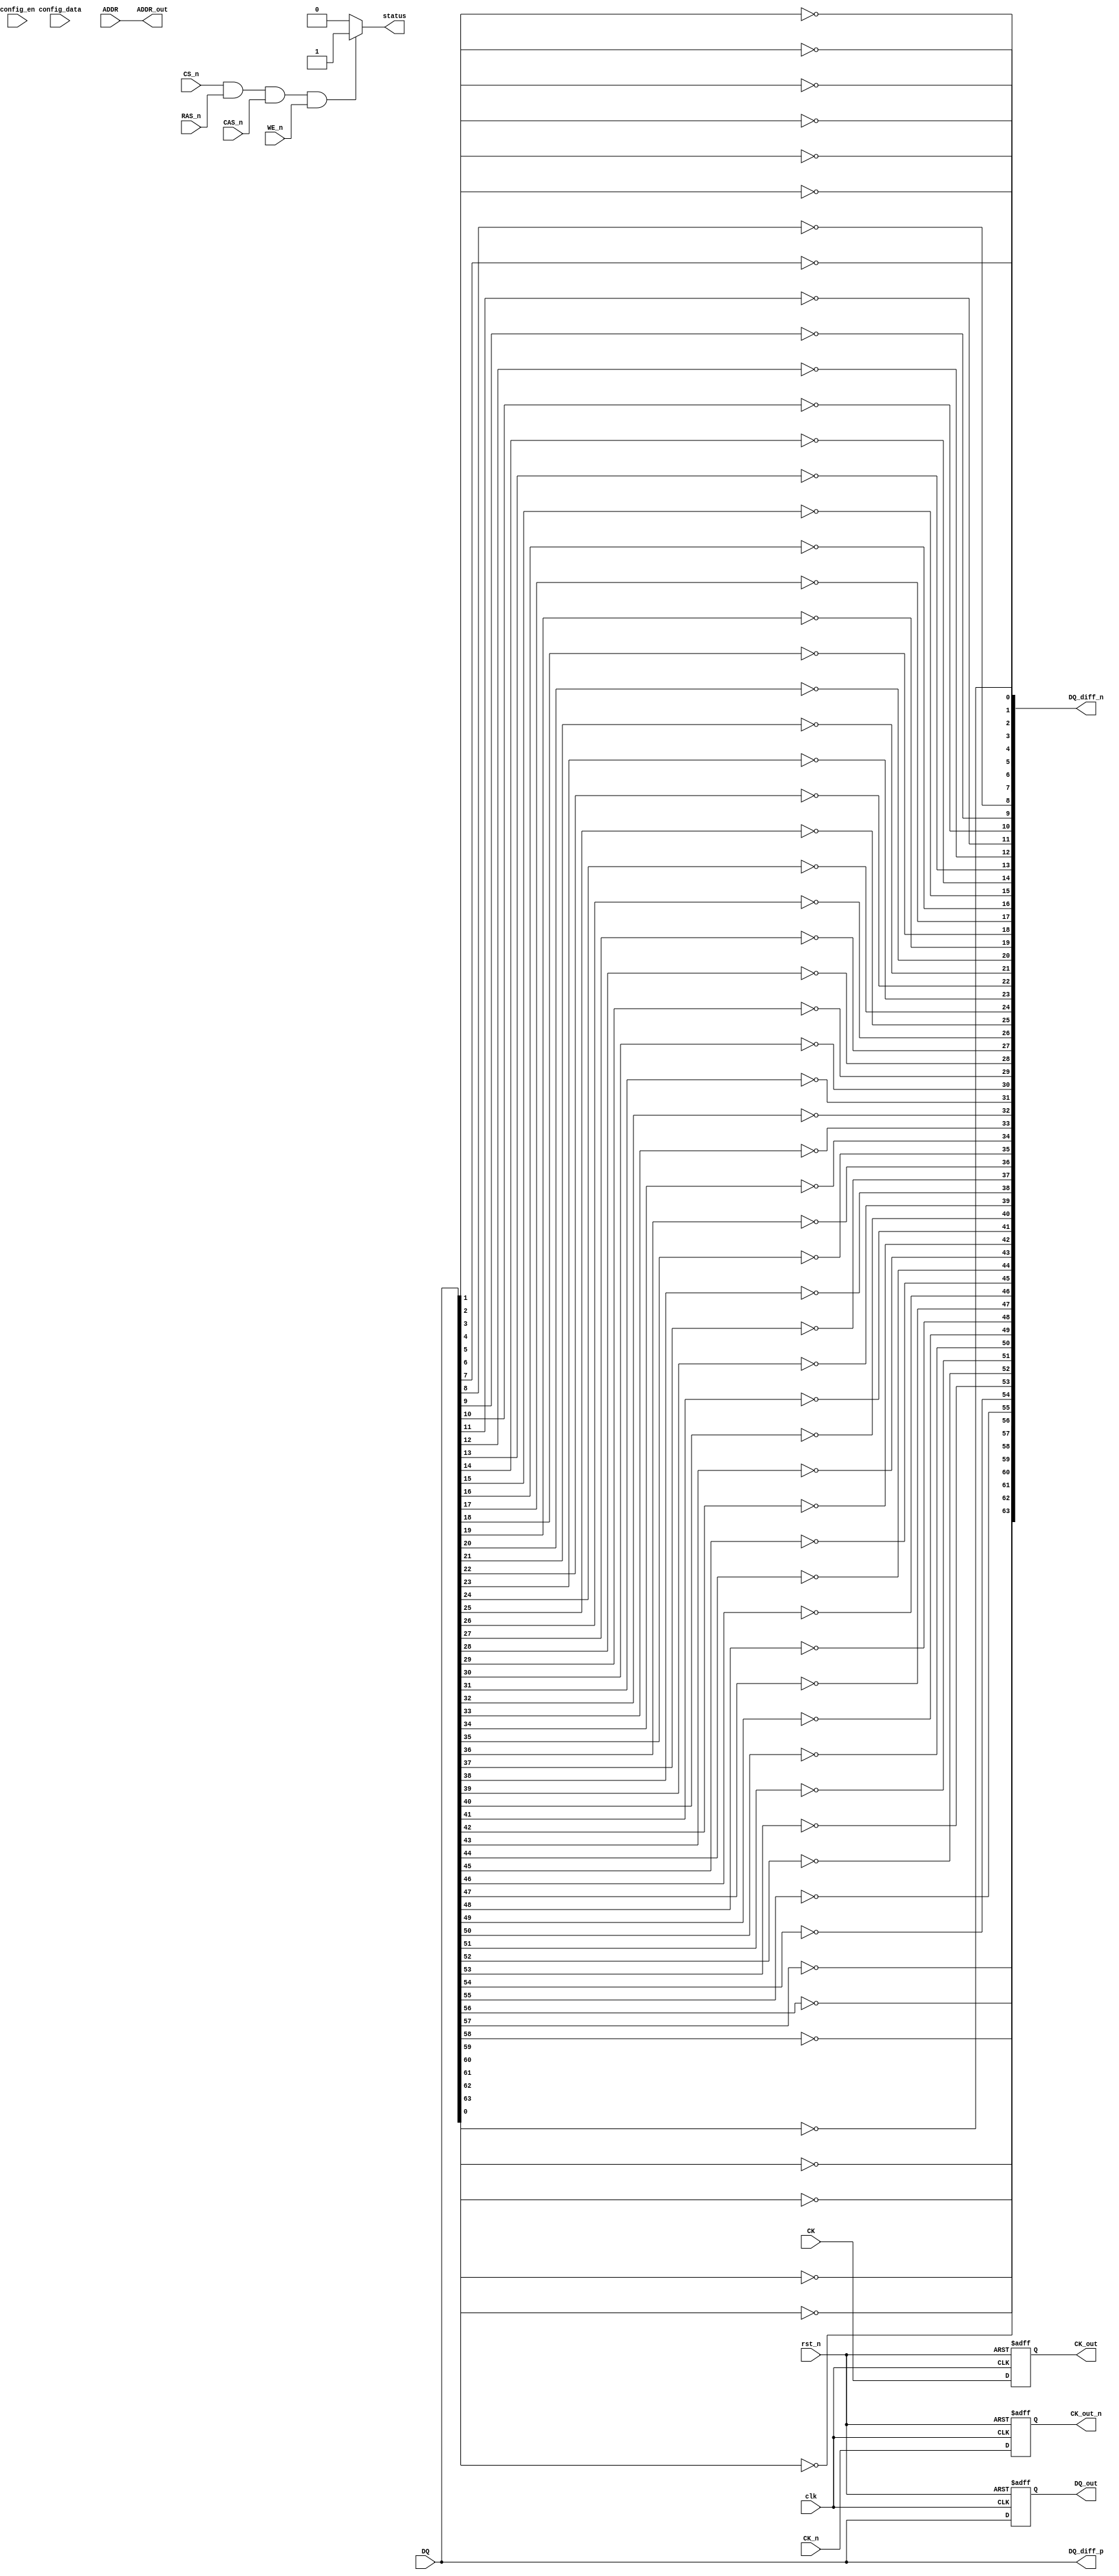
module gddr6x_io_block #(
    parameter DATA_WIDTH = 64 // Can be 32, 64, or 128 bits
) (
    // Differential Data Signals
    input  wire [DATA_WIDTH-1:0] DQ,        // Data input
    output wire [DATA_WIDTH-1:0] DQ_out,    // Data output
    output wire [DATA_WIDTH-1:0] DQ_diff_p, // Differential data positive
    output wire [DATA_WIDTH-1:0] DQ_diff_n, // Differential data negative

    // Differential Clock Signals
    input  wire CK,        // Clock input
    input  wire CK_n,      // Inverted clock input
    output wire CK_out,     // Clock output
    output wire CK_out_n,   // Inverted clock output

    // Command Signals
    input  wire CS_n,      // Chip Select
    input  wire RAS_n,     // Row Address Strobe
    input  wire CAS_n,     // Column Address Strobe
    input  wire WE_n,      // Write Enable

    // Address Signals
    input  wire [31:0] ADDR, // Address input
    output wire [31:0] ADDR_out, // Address output

    // System Control
    input  wire clk,       // System clock
    input  wire rst_n,     // Active low reset
    input  wire config_en, // Configuration enable
    input  wire [7:0] config_data, // Configuration data
    output wire status      // Status output
);

// Internal signals
reg [DATA_WIDTH-1:0] DQ_reg;
reg [31:0] ADDR_reg;
reg CK_reg;
reg CK_n_reg;

// Transmitter
always @(posedge clk or negedge rst_n) begin
    if (!rst_n) begin
        DQ_reg <= 0;
        CK_reg <= 0;
        CK_n_reg <= 1;
    end else begin
        // Capture incoming data
        DQ_reg <= DQ;
        CK_reg <= CK;
        CK_n_reg <= CK_n;
    end
end

// Receiver
assign DQ_out = DQ_reg;
assign CK_out = CK_reg;
assign CK_out_n = CK_n_reg;

// Address output
assign ADDR_out = ADDR;

// Differential signaling (example implementation)
generate
    genvar i;
    for (i = 0; i < DATA_WIDTH; i = i + 1) begin : diff_signaling
        assign DQ_diff_p[i] = DQ[i]; // Example: direct mapping for simplicity
        assign DQ_diff_n[i] = ~DQ[i]; // Inverted for differential signaling
    end
endgenerate

// Status output (example)
assign status = (CS_n & RAS_n & CAS_n & WE_n) ? 1'b1 : 1'b0; // Example status logic

// Configuration logic (example)
always @(posedge clk or negedge rst_n) begin
    if (!rst_n) begin
        // Reset configuration
    end else if (config_en) begin
        // Apply configuration based on config_data
    end
end

endmodule